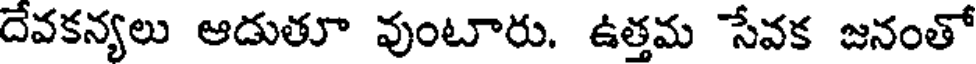
దేవకన్యలు ఆదుతూ వుంటారు. ఉత్తమ సేవక జనంతో